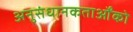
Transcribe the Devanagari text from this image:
अनुसंधानकतार्ओंको